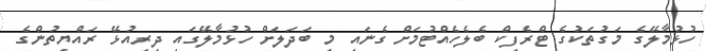
ހުޅުމާލޭގެ މަގުތަކުގެ ޓްރެފިކް ބެލެހެއްޓުމަށް ގެނައި މި ބަދަލަށް ހުޅުމާލޭގައި ދިރިއުޅޭ ރައްޔިތުންގެ